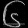
Digit: ၆